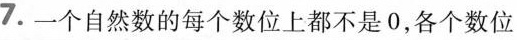
7.一个自然数的每个数位上都不是0，各个数位